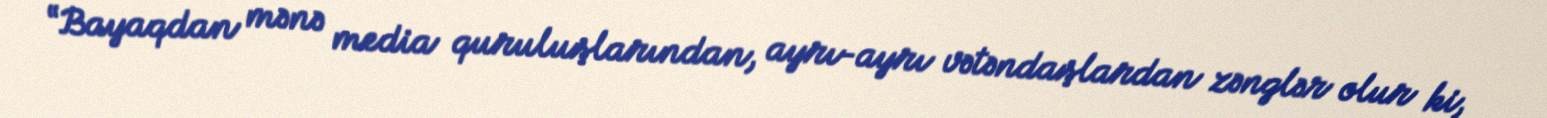
“Bayaqdan mənə media quruluşlarından, ayrı-ayrı vətəndaşlardan zənglər olur ki,